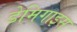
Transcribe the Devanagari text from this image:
डेमिगाइस